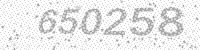
Solution: 650258